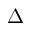
\Delta